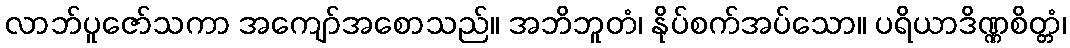
လာဘ်ပူဇော်သကာ အကျော်အစောသည်။ အဘိဘူတံ၊ နိုပ်စက်အပ်သော။ ပရိယာဒိဏ္ဏစိတ္တံ၊